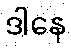
ဒါနေ